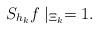
LaTeX: \begin{align*} S_{h_k}f\mid_{\Xi_k} = 1. \end{align*}